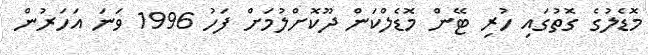
މޮޑެލުގެ ގޮތުގައި ހުރި ޓޭން މޮޑެލްކަން ދޫކޮށްލުމަށް ފަހު 1996 ވަނަ އަހަރުން